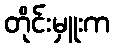
တိုင်းမှူးက